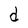
Character: d